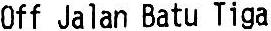
OFF JALAN BATU TIGA